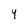
Character: 4